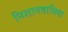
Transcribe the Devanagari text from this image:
निशानवालिया